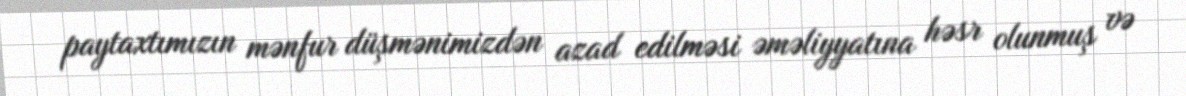
paytaxtımızın mənfur düşmənimizdən azad edilməsi əməliyyatına həsr olunmuş və